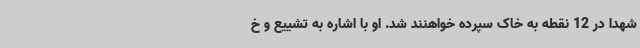
شهدا در 12 نقطه به خاک سپرده خواهنند شد. او با اشاره به تشییع و خ